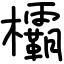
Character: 欛